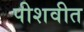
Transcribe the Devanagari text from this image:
पीशवीत